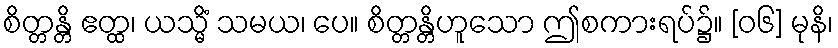
စိတ္တန္တိ ဧတ္ထ၊ ယသ္မိံ သမယ၊ ပေ။ စိတ္တန္တိဟူသော ဤစကားရပ်၌။ [၀၆] မုနိ၊